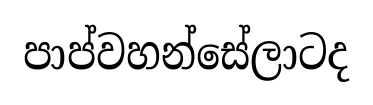
පාප්වහන්සේලාටද